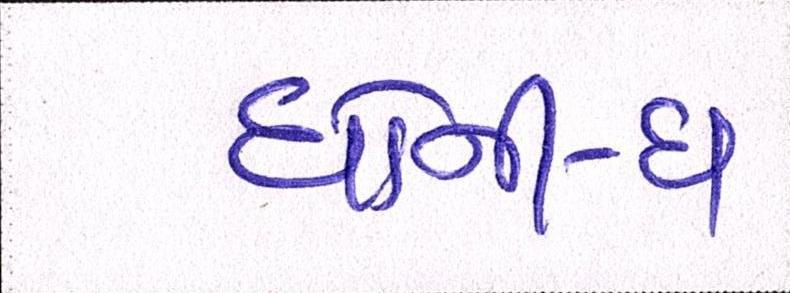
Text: ધોની-ધ